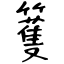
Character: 籆